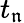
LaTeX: t_{\mathfrak{n}}